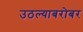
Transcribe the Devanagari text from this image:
उठल्याबरोबर